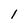
Character: l